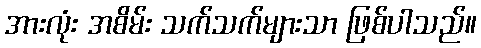
အားလုံး အစိမ်း သက်သက်များသာ ဖြစ်ပါသည်။